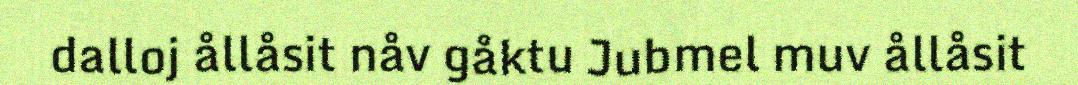
dalloj ållåsit nåv gåktu Jubmel muv ållåsit